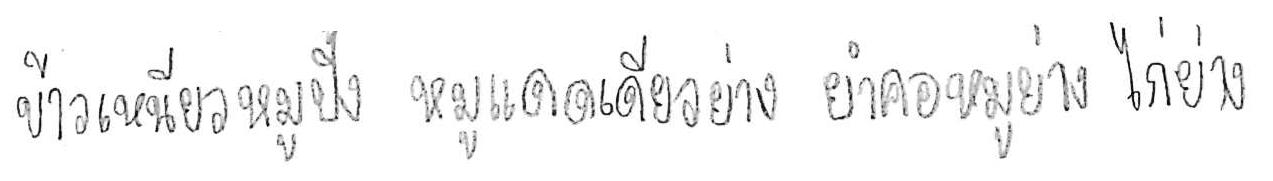
ข้าวเหนียวหมูปิ้ง หมูแดดเดียวย่าง ยำคอหมูย่าง ไก่ย่าง